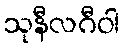
သုနီလဂီဝါ